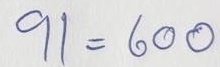
91 = 600